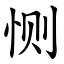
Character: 恻